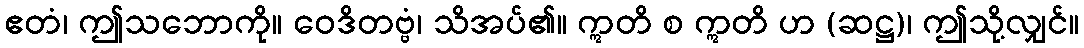
ဧတံ၊ ဤသဘောကို။ ဝေဒိတဗ္ဗံ၊ သိအပ်၏။ ဣတိ စ ဣတိ ဟ (ဆဋ္ဌ)၊ ဤသို့လျှင်။